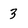
Character: 3